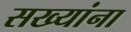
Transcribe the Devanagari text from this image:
सख्यांना